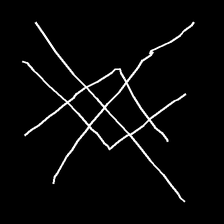
Glyph: crystal